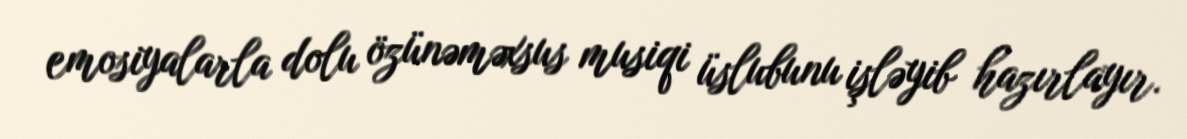
emosiyalarla dolu özünəməxsus musiqi üslubunu işləyib hazırlayır.